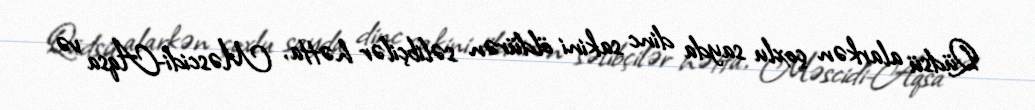
Qüdsü alarkən çoxlu sayda dinc sakini öldürən səlibçilər hətta, Məscidi-Aqsa və